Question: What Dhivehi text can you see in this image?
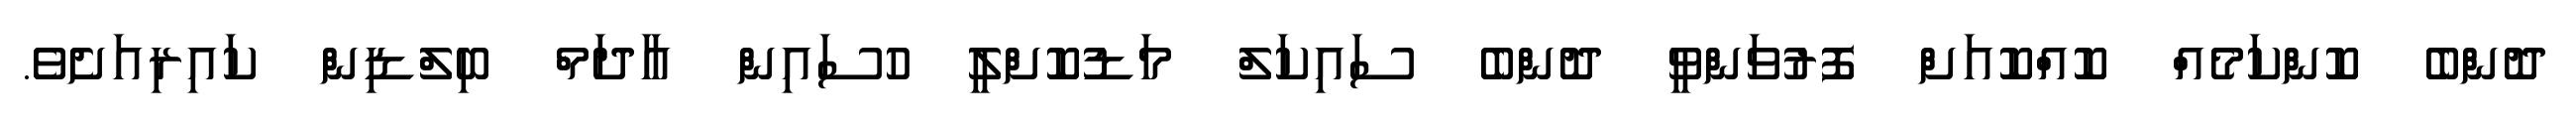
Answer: ދޮންބެ ކޮންކަމެއް ކޮއްކޮއަށް ފޮރުވަންވީ ދޮންބެ ސައިކަލް މަޑުކޮށްލީ ހުސައިން އާދަމް ބިލްޑިން ކައިރިއަށެވެ.